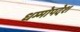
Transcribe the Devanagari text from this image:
धम्मोपदेश